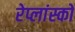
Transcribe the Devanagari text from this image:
रेप्लांस्को